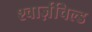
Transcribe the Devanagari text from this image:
श्वार्ज़चिल्ड